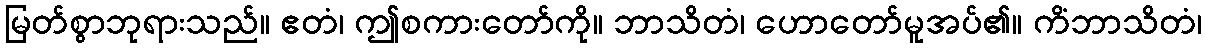
မြတ်စွာဘုရားသည်။ ဧတံ၊ ဤစကားတော်ကို။ ဘာသိတံ၊ ဟောတော်မူအပ်၏။ ကိံဘာသိတံ၊